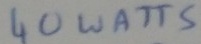
Text: 40 WATTS